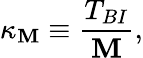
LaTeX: \kappa_{\mathbf{M}}\equiv\frac{{T_{BI}}}{{\mathbf{M}}},